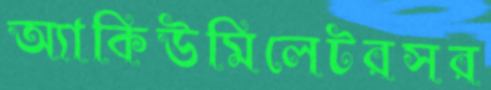
অ্যাকিউমিলেটরসর